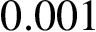
0 . 0 0 1